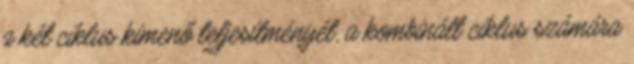
a két ciklus kimenő teljesítményét, a kombinált ciklus számára